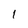
Character: 1